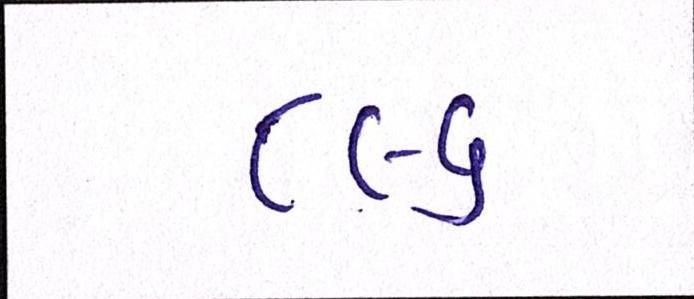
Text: ૮૯૬